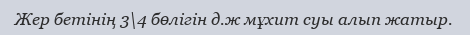
Жер бетінің 3\4 бөлігін д.ж мұхит суы алып жатыр.